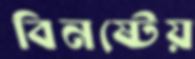
বিনষ্টেয়